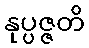
နုပ္ပဇ္ဇတိ